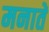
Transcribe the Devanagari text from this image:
मनातें